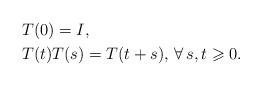
\begin{align*} &T(0) = I, \\ &T(t)T(s) = T(t+s),\,\forall\,s,t\geqslant 0. \end{align*}